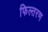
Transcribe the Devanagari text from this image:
फिल्तरण